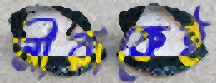
নীরাকেই